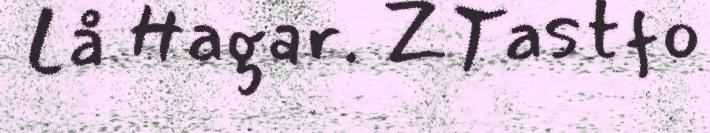
Lå Hagar. ZTastfo